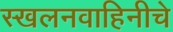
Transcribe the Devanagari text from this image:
स्खलनवाहिनीचे